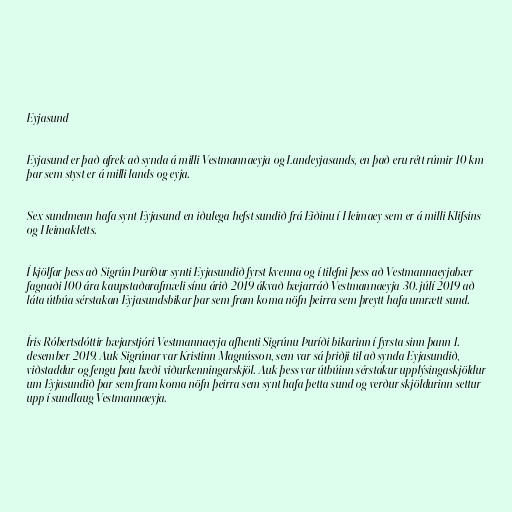
Eyjasund

Eyjasund er það afrek að synda á milli Vestmannaeyja og Landeyjasands, en það eru rétt rúmir 10 km
þar sem styst er á milli lands og eyja.

Sex sundmenn hafa synt Eyjasund en iðulega hefst sundið frá Eiðinu í Heimaey sem er á milli Klifsins
og Heimakletts.

Í kjölfar þess að Sigrún Þuríður synti Eyjasundið fyrst kvenna og í tilefni þess að Vestmannaeyjabær
fagnaði 100 ára kaupstaðarafmæli sínu árið 2019 ákvað bæjarráð Vestmannaeyja 30. júlí 2019 að
láta útbúa sérstakan Eyjasundsbikar þar sem fram koma nöfn þeirra sem þreytt hafa umrætt sund.

Íris Róbertsdóttir bæjarstjóri Vestmannaeyja afhenti Sigrúnu Þuríði bikarinn í fyrsta sinn þann 1.
desember 2019. Auk Sigrúnar var Kristinn Magnússon, sem var sá þriðji til að synda Eyjasundið,
viðstaddur og fengu þau bæði viðurkenningarskjöl. Auk þess var útbúinn sérstakur upplýsingaskjöldur
um Eyjasundið þar sem fram koma nöfn þeirra sem synt hafa þetta sund og verður skjöldurinn settur
upp í sundlaug Vestmannaeyja.